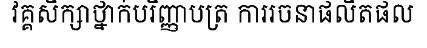
វគ្គសិក្សាថ្នាក់បរិញ្ញាបត្រ ការរចនាផលិតផល